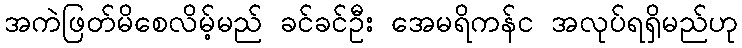
အကဲဖြတ်မိစေလိမ့်မည် ခင်ခင်ဦး အေမရိကန်င အလုပ်ရရှိမည်ဟု